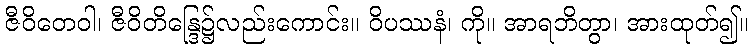
ဇီဝိတေဝါ၊ ဇီဝိတိန္ဒြေ၌လည်းကောင်း။ ဝိပဿနံ၊ ကို။ အာရဘိတွာ၊ အားထုတ်၍။